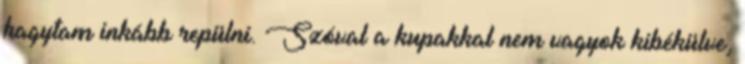
hagytam inkább repülni. Szóval a kupakkal nem vagyok kibékülve,